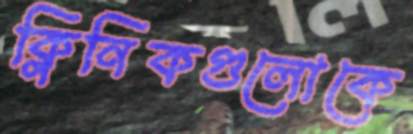
ক্লিনিকগুলোকে